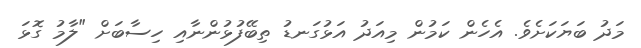
މަދު ބަޔަކަށެވެ. އެހެން ކަމުން މިއަދު އަޅުގަނޑު ތިބޭފުޅުންނާއި ހިސާބަށް "ލާމު ގޮޅަ